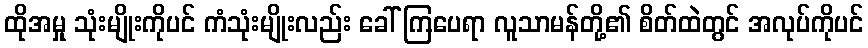
ထိုအမှု သုံးမျိုးကိုပင် ကံသုံးမျိုးလည်း ခေါ် ကြပေရာ လူသာမန်တို့၏ စိတ်ထဲတွင် အလုပ်ကိုပင်